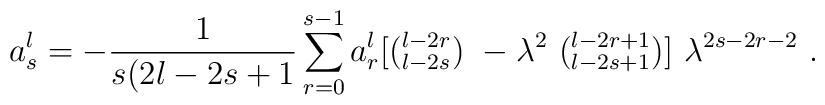
a^l_s = -\frac{1}{s(2l-2s+1} \sum_{r=0}^{s-1} a^l_r[({}^{l-2r}_{l-2s} )\ -{\lambda}^2 \ ({}^{l-2r+1}_{l-2s+1} )]\ \lambda^{2s-2r-2} \ .